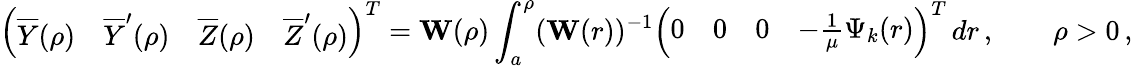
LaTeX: \left(\begin{array}{llll}{\overline{Y}(\rho)}&{\overline{Y}^{\prime}(\rho)}&{\overline{Z}(\rho)}&{\overline{Z}^{\prime}(\rho)}\end{array}\right)^{T}={\mathbf W}(\rho)\int_{a}^{\rho}({\mathbf W}(r))^{-1}\left(\begin{array}{llll}{0}&{0}&{0}&{-\frac 1\mu\Psi_{k}(r)}\end{array}\right)^{T}\, dr\, ,\qquad\rho>0\, ,